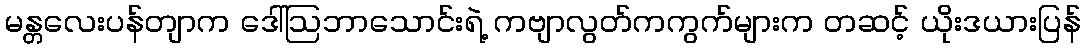
မန္တလေးပန်တျာက ဒေါ်ဩဘာသောင်းရဲ့ ကဗျာလွတ်ကကွက်များက တဆင့် ယိုးဒယားပြန်